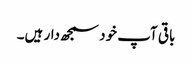
باقی آپ خود سمجھ دار ہیں۔